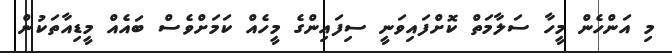
މި އަންހެން މީހާ ސަލާމަތް ކޮށްފައިވަނީ ސިފައިންގެ މީހެއް ކަމަށްވެސް ބައެއް މީޑިއާތަކުން